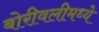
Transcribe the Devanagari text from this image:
बोरीवलीमध्ये